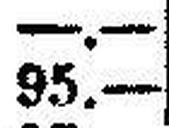
95.—